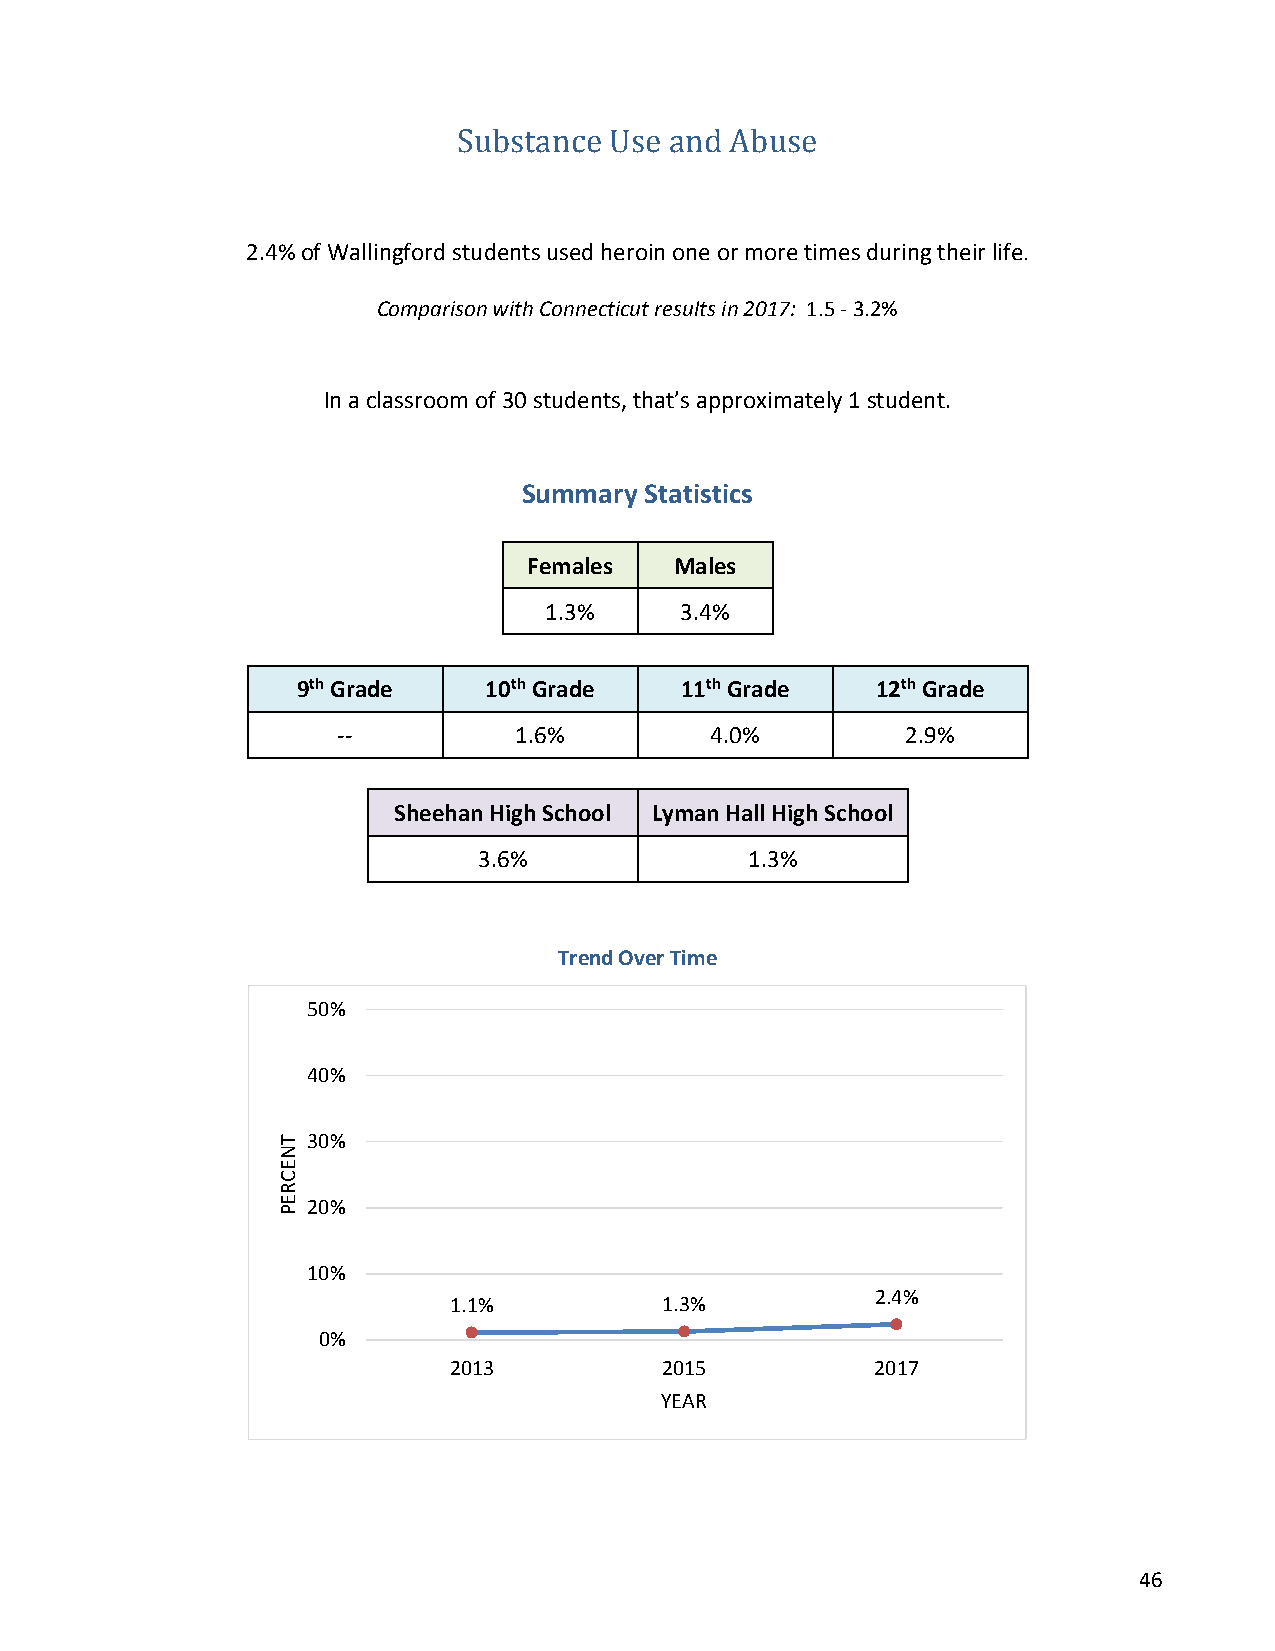
Substance Use and Abuse
 2.4% of Wallingford students used heroin one or more times during their life.
 Comparison with Connecticut results in 2017: 1.5 - 3.2%
 In a classroom of 30 students, that’s approximately 1 student.
 Summary Statistics
 Females   Males
 1.3%     3.4%
 9th Grade   10th Grade   11th Grade   12th Grade
 --          1.6%         4.0%         2.9%
 Sheehan High School Lyman Hall High School
 3.6%              1.3%
 Trend Over Time
 50%
 40%
 30%
 20%
 10%
 2.4%
 1.1%          1.3%
 0%
 2013          2015          2017
 YEAR
 46
 TNECREP